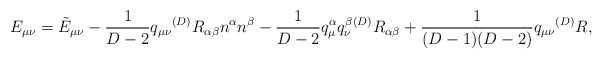
\begin{align*}E_{\mu\nu} = {\tilde E}_{\mu\nu}-\frac{1}{D-2}q_{\mu\nu}{}^{(D)}R_{\alpha\beta}n^\alpha n^\beta-\frac{1}{D-2}q_\mu^\alpha q_\nu^\beta {}^{(D)}R_{\alpha\beta}+\frac{1}{(D-1)(D-2)}q_{\mu\nu}{}^{(D)}R,\end{align*}